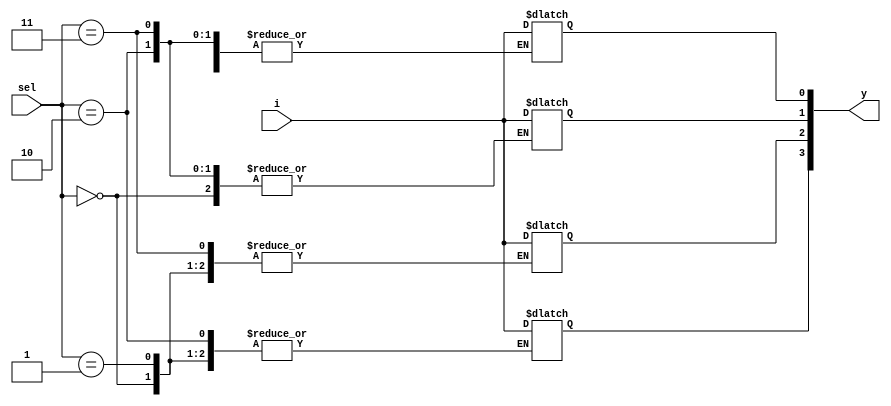
`timescale 1ns / 1ps
//////////////////////////////////////////////////////////////////////////////////
// Company: 
// Engineer: 
// 
// Design Name: 
// Module Name: demux
// Project Name: 
// Target Devices: 
// Tool Versions: 
// Description: 
// 
// Dependencies: 
// 
// Revision:
// Revision 0.01 - File Created
// Additional Comments:
// 
//////////////////////////////////////////////////////////////////////////////////
module demux_1to4_case(
             input [1:0] sel,
             input  i,
  output reg [3:0] y);
    
  always @(*) begin
    case(sel)
      2'h0: y[0] = i;
      2'h1: y[1] = i;
      2'h2: y[2] = i;
      2'h3: y[3] = i;
      default: $display("Invalid sel input");
    endcase
  end
endmodule